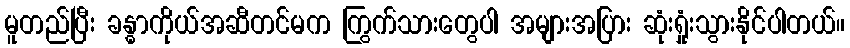
မူတည်ပြီး ခန္ဓာကိုယ်အဆီတင်မက ကြွက်သားတွေပါ အများအပြား ဆုံးရှုံးသွားနိုင်ပါတယ်။